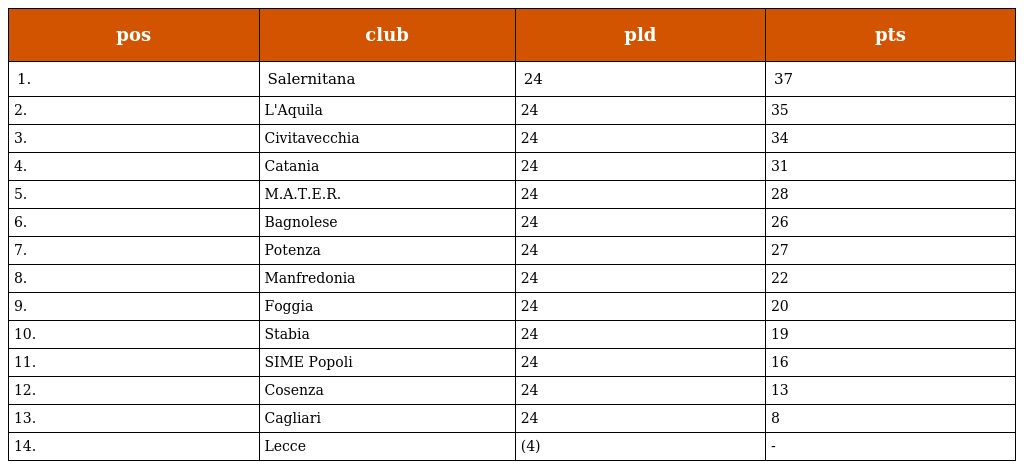
| pos | club | pld | pts |
 | --- | --- | --- | --- |
 | 1. | Salernitana | 24 | 37 |
 | 2. | L'Aquila | 24 | 35 |
 | 3. | Civitavecchia | 24 | 34 |
 | 4. | Catania | 24 | 31 |
 | 5. | M.A.T.E.R. | 24 | 28 |
 | 6. | Bagnolese | 24 | 26 |
 | 7. | Potenza | 24 | 27 |
 | 8. | Manfredonia | 24 | 22 |
 | 9. | Foggia | 24 | 20 |
 | 10. | Stabia | 24 | 19 |
 | 11. | SIME Popoli | 24 | 16 |
 | 12. | Cosenza | 24 | 13 |
 | 13. | Cagliari | 24 | 8 |
 | 14. | Lecce | (4) | - |